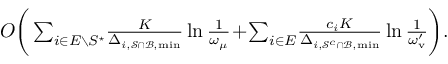
\begin{array} { r } { \! O \bigg ( \sum _ { i \in E \setminus S ^ { \star } } \! \frac { K } { \Delta _ { i , \mathcal { S } \cap \mathcal { B } , \operatorname* { m i n } } } \ln \frac { 1 } { \omega _ { \mu } } \! + \! \sum _ { i \in E } \! \frac { c _ { i } K } { \Delta _ { i , \mathcal { S } ^ { c } \cap \mathcal { B } , \operatorname* { m i n } } } \ln \frac { 1 } { \omega _ { \mathrm { v } } ^ { \prime } } \bigg ) . \! } \end{array}